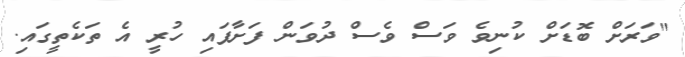
"ވަރަށް ބޮޑަށް ކުނިވެ ވަސް ވެސް ދުވަން ފަށާފައި ހުރީ އެ ތަކެތީގައި.